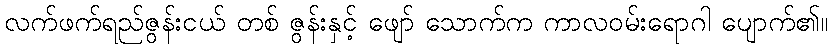
လက်ဖက်ရည်ဇွန်းငယ် တစ် ဇွန်းနှင့် ဖျော် သောက်က ကာလဝမ်းရောဂါ ပျောက်၏။